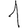
Digit: 1